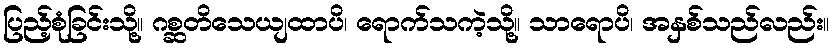
ပြည့်စုံခြင်းသို့။ ဂစ္ဆတိသေယျထာပိ၊ ရောက်သကဲ့သို့။ သာရောပိ၊ အနှစ်သည်လည်း။